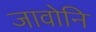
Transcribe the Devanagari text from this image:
जावोनि